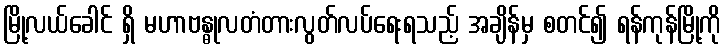
မြို့လယ်ခေါင် ရှိ မဟာဗန္ဓုလတံတားလွတ်လပ်ရေးရသည့် အချိန်မှ စတင်၍ ရန်ကုန်မြို့ကို